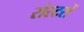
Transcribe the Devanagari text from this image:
रोस्टरों